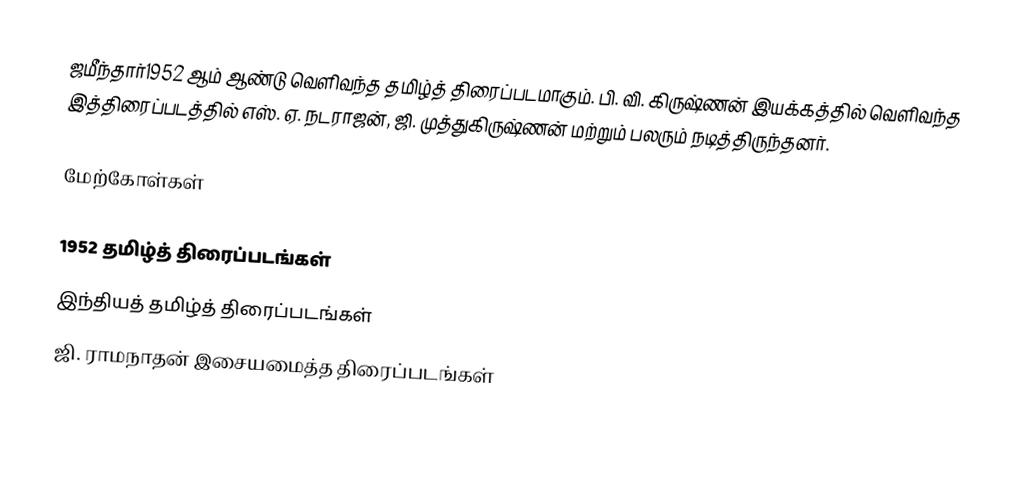
ஜமீந்தார்1952 ஆம் ஆண்டு வெளிவந்த தமிழ்த் திரைப்படமாகும். பி. வி. கிருஷ்ணன் இயக்கத்தில் வெளிவந்த இத்திரைப்படத்தில் எஸ். ஏ. நடராஜன், ஜி. முத்துகிருஷ்ணன் மற்றும் பலரும் நடித்திருந்தனர்.

மேற்கோள்கள்

1952 தமிழ்த் திரைப்படங்கள்
இந்தியத் தமிழ்த் திரைப்படங்கள்
ஜி. ராமநாதன் இசையமைத்த திரைப்படங்கள்